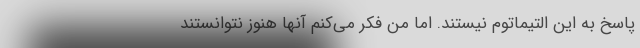
پاسخ به این التیماتوم نیستند. اما من فکر می‌کنم آنها هنوز نتوانستند